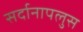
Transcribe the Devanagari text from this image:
सर्दानापलुस